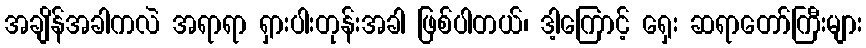
အချိန်အခါကလဲ အရာရာ ရှားပါးတုန်းအခါ ဖြစ်ပါတယ်၊ ဒါ့ကြောင့် ရှေး ဆရာတော်ကြီးများ